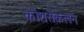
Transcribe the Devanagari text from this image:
कोशसंकलन